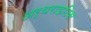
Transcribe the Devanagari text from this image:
अर्थराइटिस